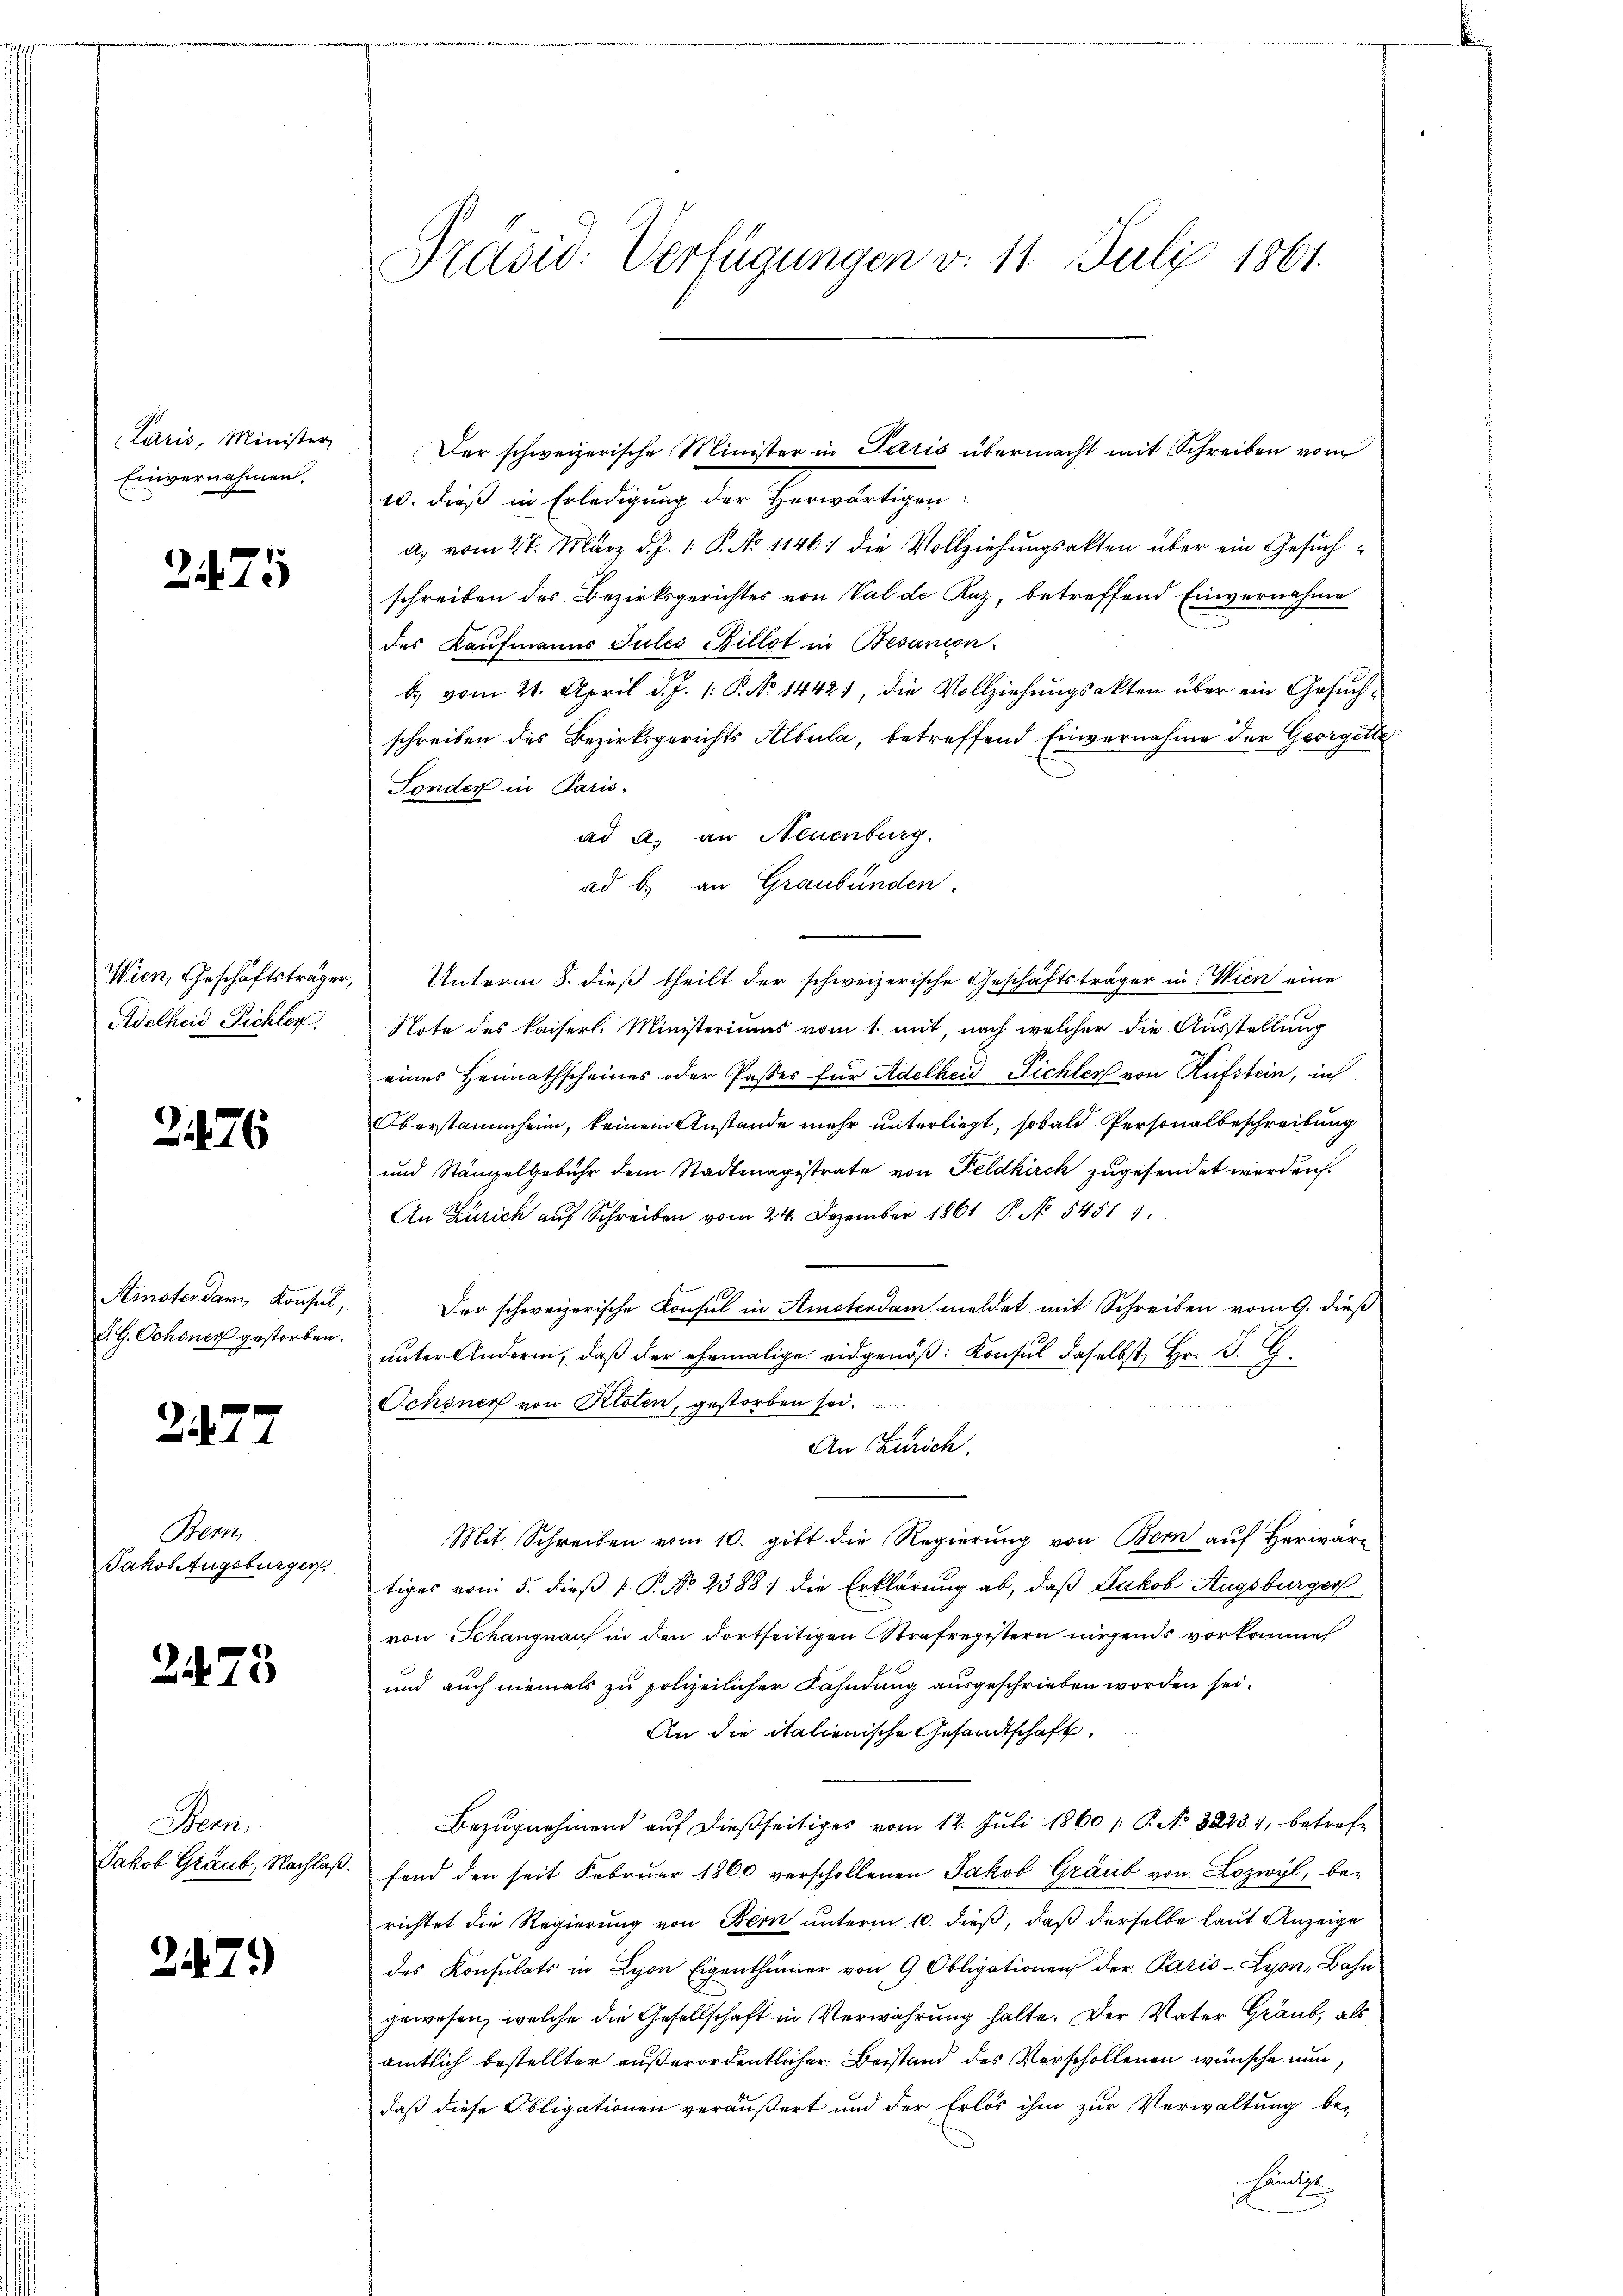
Laris, Minister,
Einvernahmen.

2475

Wien, Geschäftsträger,
Adelheid Pichler.

2476

Amstendam Konsul,
P. G. Schöner gestorben.

2477

Bern,
Fakobezugsburger

2473

Henn
Jakob Graub, Nachlaß

2479)

Präsid. Verfügungen d. 11. Juli 1861.

20. dieß in Erledigung der Herreicher
a. vom 27. März d. J. 1. P. No 1146) die Vollziehungsakten über ein Gesuchschreiben des Bezirksgerichtes von Val de Kuz, betreffend Einvernahme
des Kaufmanns Jules Billot in Besanion.
b. vom 21. April d. J. 1. P. No 14421, die Vollziehŭngsakten über ein Gesŭch
schreiben des Bezirksgerichts Albula, betreffend Einvernahme der Georgelte
Fonder in Paris.
ad a. an Neuenburg.
ad b.) an Graubünden.
Unterm 8. dieß theilt der schweizerische Geschäftsträger in Wien eine
Note des kaiserl. Ministeriums vom 1. mit nach welcher die Ausstellung
eines Heimathscheines oder Paster für Adelheid Pichler von Rufstein, in
Oberstammheim, keinem Anstande mehr unterliegt, sobald Personalbeschreibung
und Stämpelgebühr dem Stadtmagistrate von Feldkirch zugesendet werden.
An Zürich auf Schreiben vom 24. Dezember 1861 P. No. 54511.
Der schweizerische Konsul in Amsterdam meldet mit Schreiben vom 9. dieß
unter Andern, daß der ehemalige eidgenöß: Konsul daselbst, Hr. P. G.

Schyner von Kloten, gestorben sei.
An Zürich.
Mit Schreiben vom 10. gibt die Regierung von Bern auf Herwartiges vom 5. dieß P. No 2388; die Erklärung ab, daß Jakob Augsburger
von Schangnaus in den dortseitigen Strafregistern nirgends vorkomme
und auch niemals zu polizeilicher Fahndung ausgeschrieben worden sei.
An die italienische Gesandtschaft.
Bezŭgnehmend aŭf dießseitiges vom 12. Juli 1860 /: P. No. 32234, betreffend den seit Februar 1860 verschollenen Jakob Graub von Lozwyl, be-
richtet die Regierung von Bern unterm 10. dieß, daß derselbe laut Anzeige
des Konsulats in Lyon Eigenthümer von 9 Obligationen der Paris-Lyon, Bahn
gewesen, welche die Gesellschaft in Verwahrung halte. Der Vater Graub, als
amtlich bestellter außerordentlicher Beistand des Verschollenen wünsche nun,
daß diese Obligationen veräußert und der Erlös ihm zur Verwaltung be-
Funter

Der schweizerische Minister in Paris übermacht mit Schreiben vom

E